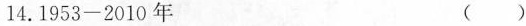
14.1953-2010年 ( )